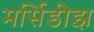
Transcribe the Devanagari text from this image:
मर्सिडीझ